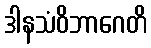
ဒါနသံဝိဘာဂေတိ